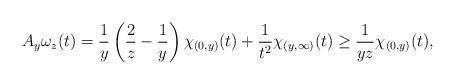
LaTeX: \begin{align*}A_y\omega_z(t)=\frac1y\left(\frac2z-\frac1y\right)\chi_{(0,y)}(t)+\frac1{t^2}\chi_{(y,\infty)}(t)\ge\frac1{yz}\chi_{(0,y)}(t),\end{align*}